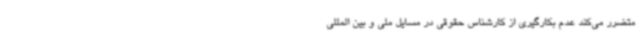
متضرر می‌کند عدم بکارگیری از کارشناس حقوقی در مسایل ملی و بین المللی